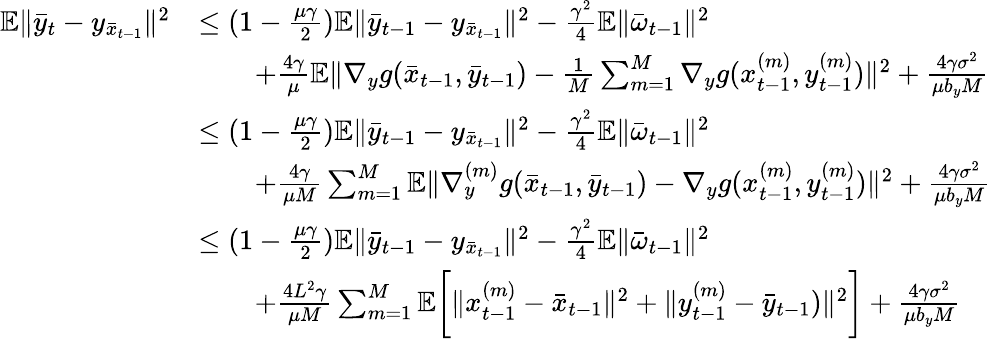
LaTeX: \begin{array}{rl}{\mathbb{E}\| \bar{y}_{t}-y_{\bar{x}_{t-1}}\| ^{2}}&{\leq(1-\frac{\mu\gamma}{2})\mathbb{E}\| \bar{y}_{t-1}-y_{\bar{x}_{t-1}}\| ^{2}-\frac{\gamma^{2}}{4}\mathbb{E}\| \bar{\omega}_{t-1}\| ^{2}}\\ &{\qquad+\frac{4\gamma}{\mu}\mathbb{E}\| \nabla_{y}g(\bar{x}_{t-1},\bar{y}_{t-1})-\frac{1}{M}\sum_{m=1}^{M}\nabla_{y}g(x_{t-1}^{(m)},y_{t-1}^{(m)})\| ^{2}+\frac{4\gamma\sigma^{2}}{\mu b_{y}M}}\\ &{\leq(1-\frac{\mu\gamma}{2})\mathbb{E}\| \bar{y}_{t-1}-y_{\bar{x}_{t-1}}\| ^{2}-\frac{\gamma^{2}}{4}\mathbb{E}\| \bar{\omega}_{t-1}\| ^{2}}\\ &{\qquad+\frac{4\gamma}{\mu M}\sum_{m=1}^{M}\mathbb{E}\| \nabla_{y}^{(m)}g(\bar{x}_{t-1},\bar{y}_{t-1})-\nabla_{y}g(x_{t-1}^{(m)},y_{t-1}^{(m)})\| ^{2}+\frac{4\gamma\sigma^{2}}{\mu b_{y}M}}\\ &{\leq(1-\frac{\mu\gamma}{2})\mathbb{E}\| \bar{y}_{t-1}-y_{\bar{x}_{t-1}}\| ^{2}-\frac{\gamma^{2}}{4}\mathbb{E}\| \bar{\omega}_{t-1}\| ^{2}}\\ &{\qquad+\frac{4L^{2}\gamma}{\mu M}\sum_{m=1}^{M}\mathbb{E}\bigg[\| x_{t-1}^{(m)}-\bar{x}_{t-1}\| ^{2}+\| y_{t-1}^{(m)}-\bar{y}_{t-1})\| ^{2}\bigg]+\frac{4\gamma\sigma^{2}}{\mu b_{y}M}}\end{array}